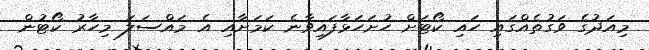
މިއަދުގެ ވަގުތެއްގައި ހައި ކޯޓަށް ހުށަހަޅާފައިވާނެ ކަމަށާއި އެ މައްސަލަ މިހާރު ކޯޓުން